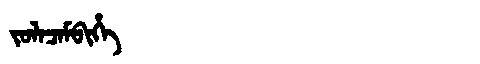
Manchu: ᠵᠣᠯᠠᠴᠠᠮᠪᡳᡥᡝ
Romanization: JOLACAMBIHE